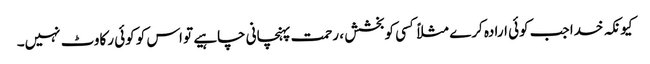
کیونکہ خدا جب کوئی ارادہ کرے مثلاً کسی کوبخشش ، رحمت پہنچانی چاہیے تو اس کو کوئی رکاوٹ نہیں۔